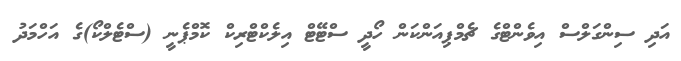
އަދި ސިންގަލްސް އިވެންޓްގެ ޗެމްޕިއަންކަން ހޯދީ ސްޓޭޓް އިލެކްޓްރިކް ކޮމްޕެނީ (ސްޓެލްކޯ)ގެ އަހްމަދު